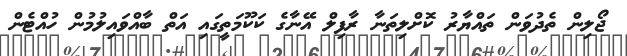
ޖޯލިން ތެދުވަން ތައްޔާރު ކޮށްލިތަނާ ރާފިލް އޭނާގެ ކަކޫމަތީގައި އަތް ބާއްވައިލުމުން ހުއްޓެން